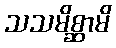
သသမိစ္ဆာမိ